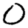
Digit: 0